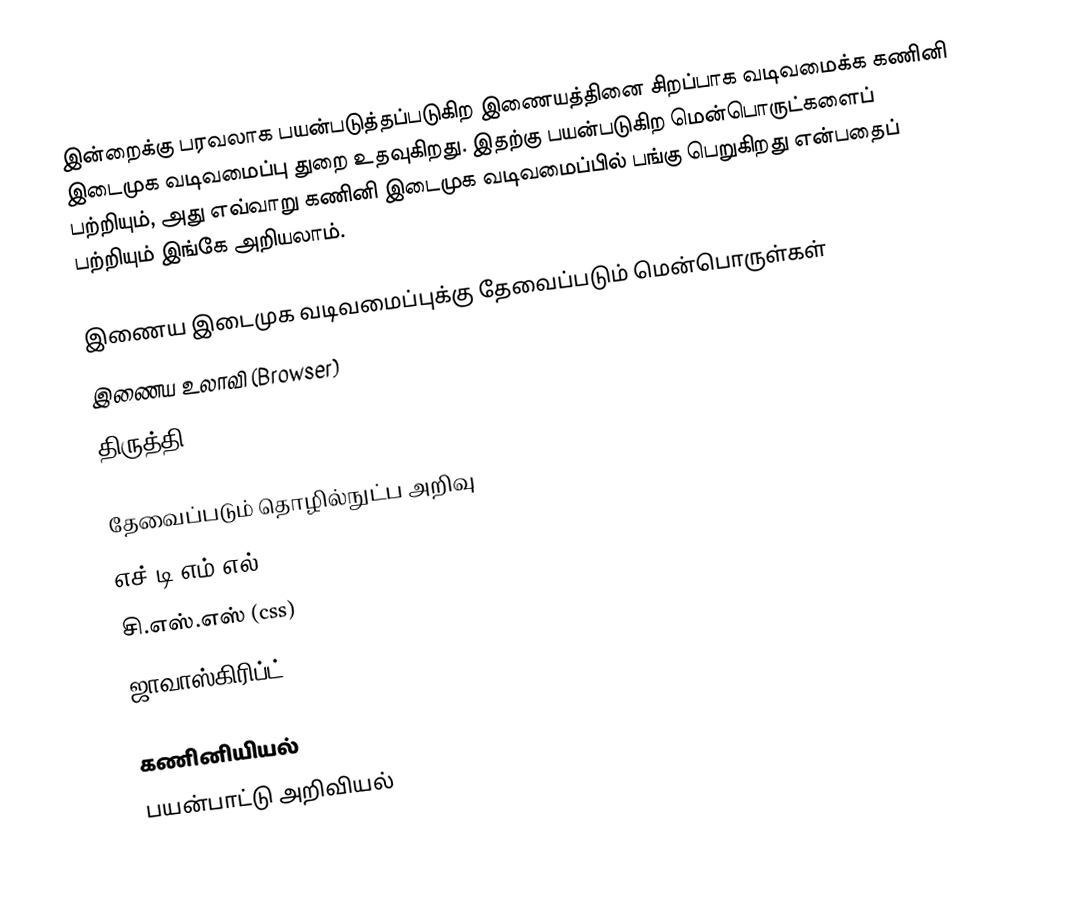
இன்றைக்கு பரவலாக பயன்படுத்தப்படுகிற இணையத்தினை சிறப்பாக வடிவமைக்க கணினி இடைமுக வடிவமைப்பு துறை உதவுகிறது. இதற்கு பயன்படுகிற மென்பொருட்களைப் பற்றியும், அது எவ்வாறு கணினி இடைமுக வடிவமைப்பில் பங்கு பெறுகிறது என்பதைப் பற்றியும் இங்கே அறியலாம்.

இணைய இடைமுக வடிவமைப்புக்கு தேவைப்படும் மென்பொருள்கள்
 இணைய உலாவி (Browser)
 திருத்தி (text editor)

தேவைப்படும் தொழில்நுட்ப அறிவு
 எச்.டி.எம்.எல். (html)
 சி.எஸ்.எஸ் (css)
 ஜாவாஸ்கிரிப்ட் (javascript)

கணினியியல்
பயன்பாட்டு அறிவியல்